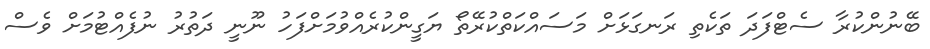
ބޭނުންކުރާ ސެޓްފަދަ ތަކެތި ރަނގަޅަށް މަސައްކަތްކުރޭތޯ ޔަގީންކުރެއްވުމަށްފަހު ނޫނީ ދަތުރު ނުފެއްޓުމަށް ވެސް